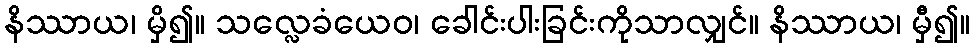
နိဿာယ၊ မှိ၍။ သလ္လေခံယေဝ၊ ခေါင်းပါးခြင်းကိုသာလျှင်။ နိဿာယ၊ မှီ၍။